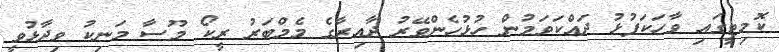
ކޮމިޓީގައި ވާހަކަފުޅު ދައްކަވަމުން ހުޅުހެންވޭރު ދާއިރާގެ މެމްބަރު ރީކޯ މޫސާ މަނިކު ވިދާޅުވީ